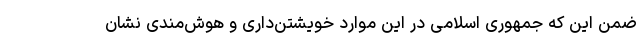
ضمن این که جمهوری اسلامی در این موارد خویشتن‌داری و هوش‌مندی نشان